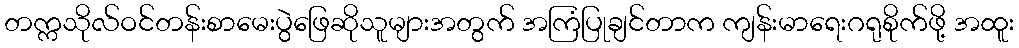
တက္ကသိုလ်ဝင်တန်းစာမေးပွဲဖြေဆိုသူများအတွက် အကြံပြုချင်တာက ကျန်းမာရေးဂရုစိုက်ဖို့ အထူး